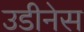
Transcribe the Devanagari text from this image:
उडीनेस